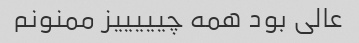
عالی بود همه چیییییز ممنونم